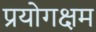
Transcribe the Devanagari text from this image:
प्रयोगक्षम